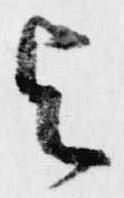
与